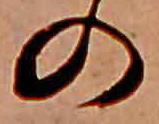
の